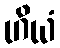
ဟိယံ